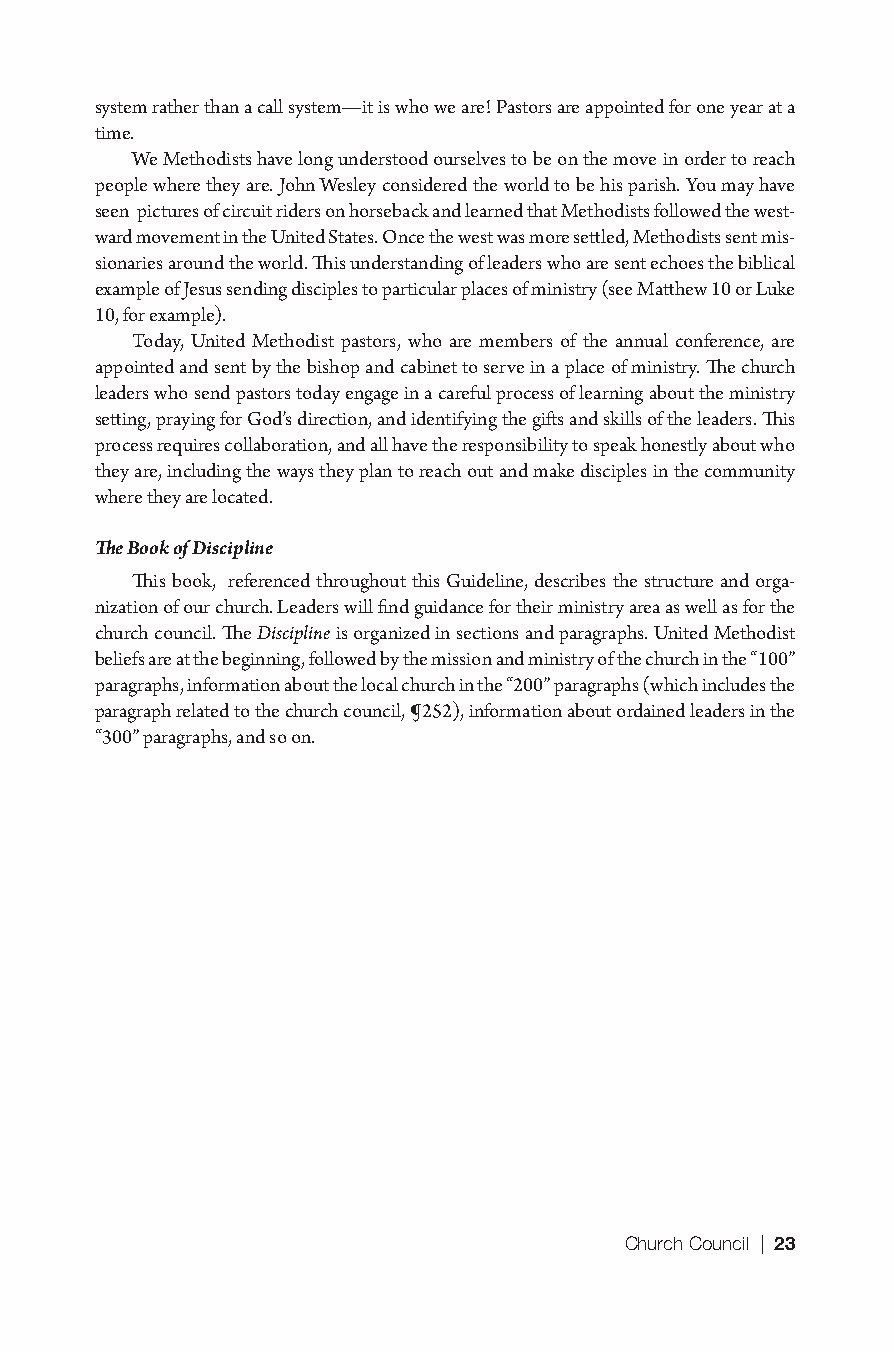
system rather than a call system—it is who we are! Pastors are appointed for one year at a
 time.
 We Methodists have long understood ourselves to be on the move in order to reach
 people where they are. John Wesley considered the world to be his parish. You may have
 seen pictures of circuit riders on horseback and learned that Methodists followed the west-
 ward movement in the United States. Once the west was more settled, Methodists sent mis-
 sionaries around the world. This understanding of leaders who are sent echoes the biblical
 example of Jesus sending disciples to particular places of ministry (see Matthew 10 or Luke
 10, for example).
 Today, United Methodist pastors, who are members of the annual conference, are
 appointed and sent by the bishop and cabinet to serve in a place of ministry. The church
 leaders who send pastors today engage in a careful process of learning about the ministry
 setting, praying for God’s direction, and identifying the gifts and skills of the leaders. This
 process requires collaboration, and all have the responsibility to speak honestly about who
 they are, including the ways they plan to reach out and make disciples in the community
 where they are located.
 The Book of Discipline
 This book, referenced throughout this Guideline, describes the structure and orga-
 nization of our church. Leaders will find guidance for their ministry area as well as for the
 church council. The Discipline is organized in sections and paragraphs. United Methodist
 beliefs are at the beginning, followed by the mission and ministry of the church in the “100”
 paragraphs, information about the local church in the “200” paragraphs (which includes the
 paragraph related to the church council, ¶252), information about ordained leaders in the
 “300” paragraphs, and so on.
 Church Council | 23
 9781501830303_INT_layout.indd 23                    8/8/16 9:37 AM